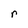
Character: r